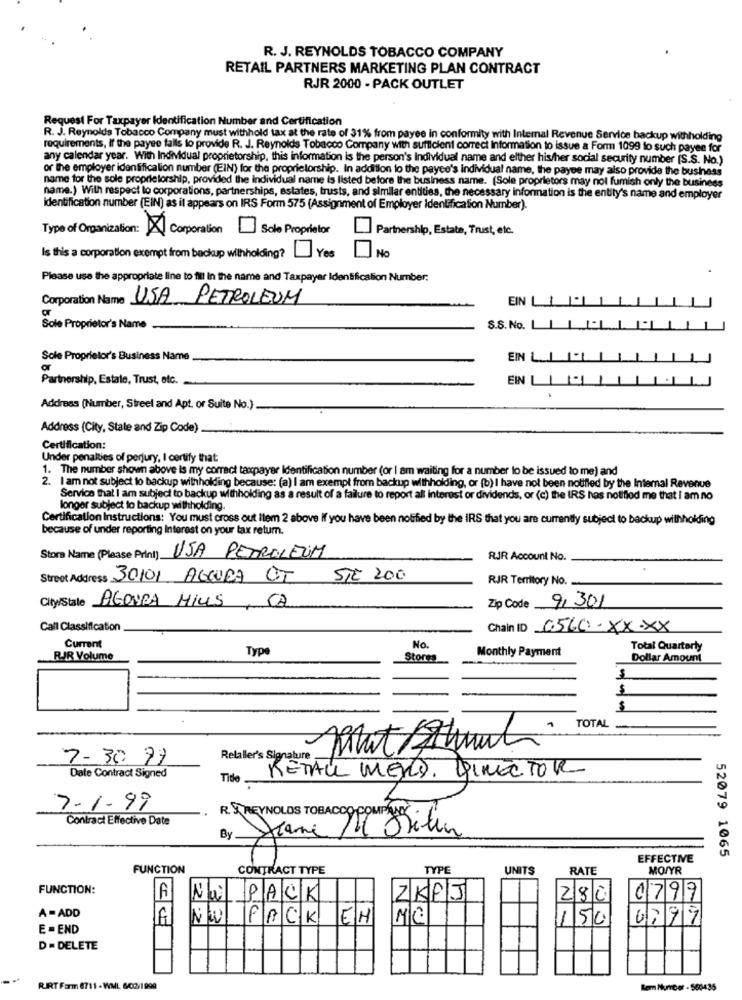
R. J. REYNOLDS TOBACCO COMPANY
RETAIL PARTNERS MARKETING PLAN CONTRACT
RJR 2000 - PACK OUTLET
Request For Taxpayer Identification Number and Certification
R. J. Reynolds Tobacco Company must withhold tax at the rate of 31% from payee in conformity with Internal Revenue Service backup withholding
requirements, If the payee falls to provide R. J. Reynolds Tobacco Company with sufficient correct Information to issue & Form 1099 to such payee for
any calendar year. With Individual proprietorship, this information is the person's Individual name and elther his/her social security number (S.S. No.)
or the employer identification number (EIN) for the proprietorship. In addition to the payee's individual name, the payee may also provide the business
name for the sole proprietorship, provided the individual name is listed before the business name. (Sole proprietors may not fumish only the business
name.) With respect to corporations, partnerships, estates, trusts, and similar entities, the necessary information is the entity's name and employer
Identification number (EIN) as it appears on IRS Form 575 (Assignment of Employer Identification Number).
Type of Organization:
Corporation
Sole Proprietor
Partnership, Estate, Trust, etc.
Is this a corporation exempt from backup withholding? Yes
No
Please use the appropriate line to fill in the name and Taxpayer Identification Number:
Corporation Name
USA PETROLEUM
EIN
or
Sole Proprietor's Name
S.S. No.
Sole Proprietor's Business Name
EIN L
or
Partnership, Estale, Trust, etc.
EIN
Address (Number, Street and Apt. or Suite No.)
Address (City, State and Zip Code)
Certification:
Under penalties of perjury, I certify that
1. The number shown above Is my correct taxpayer Identification number (or I am waiting for a number to be issued to me) and
2. I am not subject to backup withholding because: (a) I am exempt from backup withholding, or (b) I have not been notified by the Internal Revenue
Service that I am subject to backup withholding as a result of a failure to report all interest or dividends, or (c) the IRS has notified me that I am no
longer subject to backup withholding.
Certification Instructions: You must cross out ilem 2 above if you have been notified by the IRS that you are currently subject to backup withholding
because of under reporting Interest on your tax retum.
Stora Name (Please Print) USA PETROLEUM
RIR Account No.
Street Address JO101 AGOURA OST STE 200
RJR Territory No.
City/State AGOURA HILLS , CA
Zip Code 9,301
Call Classification
Chain ID 0560-XX .Xx
Current
Type
No.
Monthly Payment
Total Quarterly
RIR Volume
Stores
Dollar Amount
---
TOTAL_
7-30 99
Relaller's Signature
RETAIL MED. DIRECTOR
Date Contract Signed
Tide
7-1.99
Contract Effective Date
R.J. REYNOLDS TOBACCO COMP ilen
By.
EFFECTIVE
52079 1065
FUNCTION
CONTRACT TYPE
TYPE
UNITS
RATE
MO/YR
FUNCTION:
A
Na PACK
ZKPJ
280
0797
A= ADD
NW PACK EH
MG
150
4997
E = END
D = DELETE
RUIRT Form 8711 - WML 6/02/1999
Rem Number - 563435